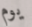
يوم